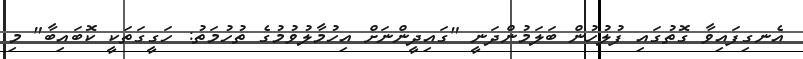
އެނގިފައިވާ ގޮތުގައި ފުލުހުން ބަލަމުންދަނީ "ގައިދީންނަށް އިހުމާލުވުމުގެ ތުހުމަތު: ހަގީގަތަކީ ކޮބައިބާ" މި